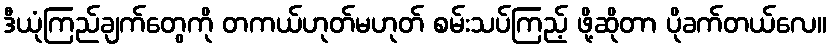
ဒီယုံကြည်ချက်တွေကို တကယ်ဟုတ်မဟုတ် စမ်းသပ်ကြည့် ဖို့ဆိုတာ ပိုခက်တယ်လေ။